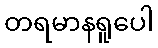
တရမာနရူပေါ